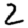
Digit: 2